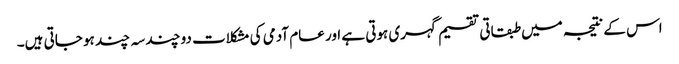
اس کے نتیجہ میں طبقاتی تقسیم گہری ہوتی ہے اور عام آدمی کی مشکلات دو چند سہ چند ہو جاتی ہیں۔